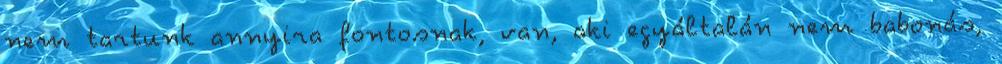
nem tartunk annyira fontosnak, van, aki egyáltalán nem babonás,